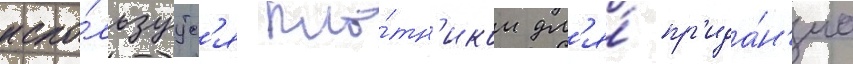
испо́льзуутс'я пло́тн'иком дл'я́ пр'ида́н'иа